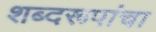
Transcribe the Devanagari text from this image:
शब्दरूपांचा